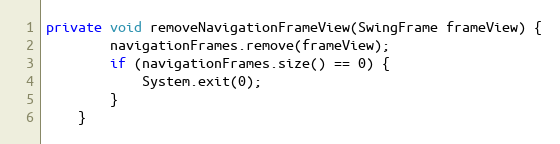
Language: Java
private void removeNavigationFrameView(SwingFrame frameView) {
		navigationFrames.remove(frameView);
		if (navigationFrames.size() == 0) {
			System.exit(0);
		}
	}